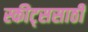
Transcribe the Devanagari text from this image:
स्कीट्ससाठी